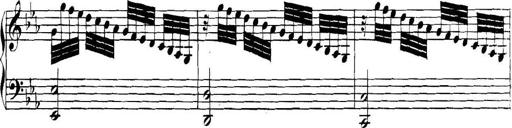
Title: Collected Piano Sonatas
Composer: Muzio Clementi